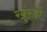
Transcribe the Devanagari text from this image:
खुंरडों